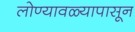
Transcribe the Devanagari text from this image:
लोण्यावळ्यापासून